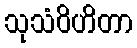
သုသံဝိဟိတာ